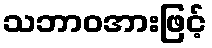
သဘာဝအားဖြင့်